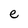
Character: e